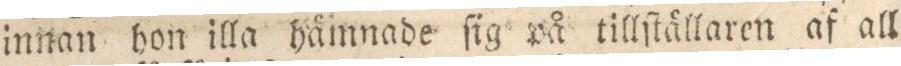
innan hon illa hämnade ſig på tillſtällaren af all